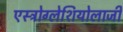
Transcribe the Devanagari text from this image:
एस्ट्रोग्लेशियोलाजी